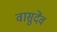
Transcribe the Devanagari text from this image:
वासुदेंव